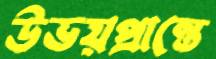
উভয়প্রান্তে